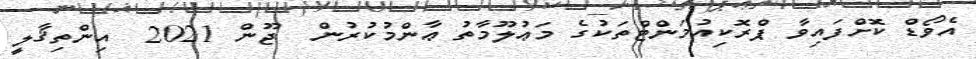
އެވޯޑް ކޮށްފައިވާ ޕްރޮކިއުމަންޓްތަކުގެ މަޢުލޫމާތު ޢާންމުކުރުން  ޖޫން 2021  އިންތިޤާލީ